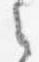
之